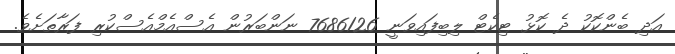
އަދި ބެންކޮކު ދެ ކޮޅު ޓިކެޓް ލިބިފައިވަނީ 7686126 ނަންބަރުން އެސްއެމްއެސްކުރި ފަރާތަށެވެ.